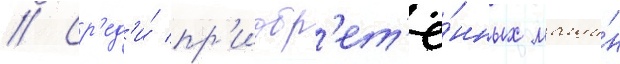
// Ср'ед'и́ пр'иобр'ет'ё́нных маши́н